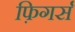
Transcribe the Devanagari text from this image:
फ़िगर्स